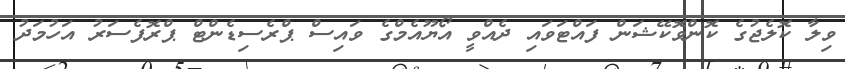
ވިލާ ކޮލެޖުގެ ކޮންވޮކޭޝަން ފައްޓަވައި ދެއްވީ އޯޔޫއެމްގެ ވައިސް ޕްރެސިޑެންޓް ޕްރޮފެސަރު އަހުމަދު